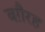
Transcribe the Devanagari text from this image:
बग़ैरह